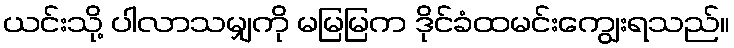
ယင်းသို့ ပါလာသမျှကို မမြမြက ဒိုင်ခံထမင်းကျွေးရသည်။